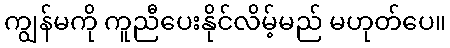
ကျွန်မကို ကူညီပေးနိုင်လိမ့်မည် မဟုတ်ပေ။